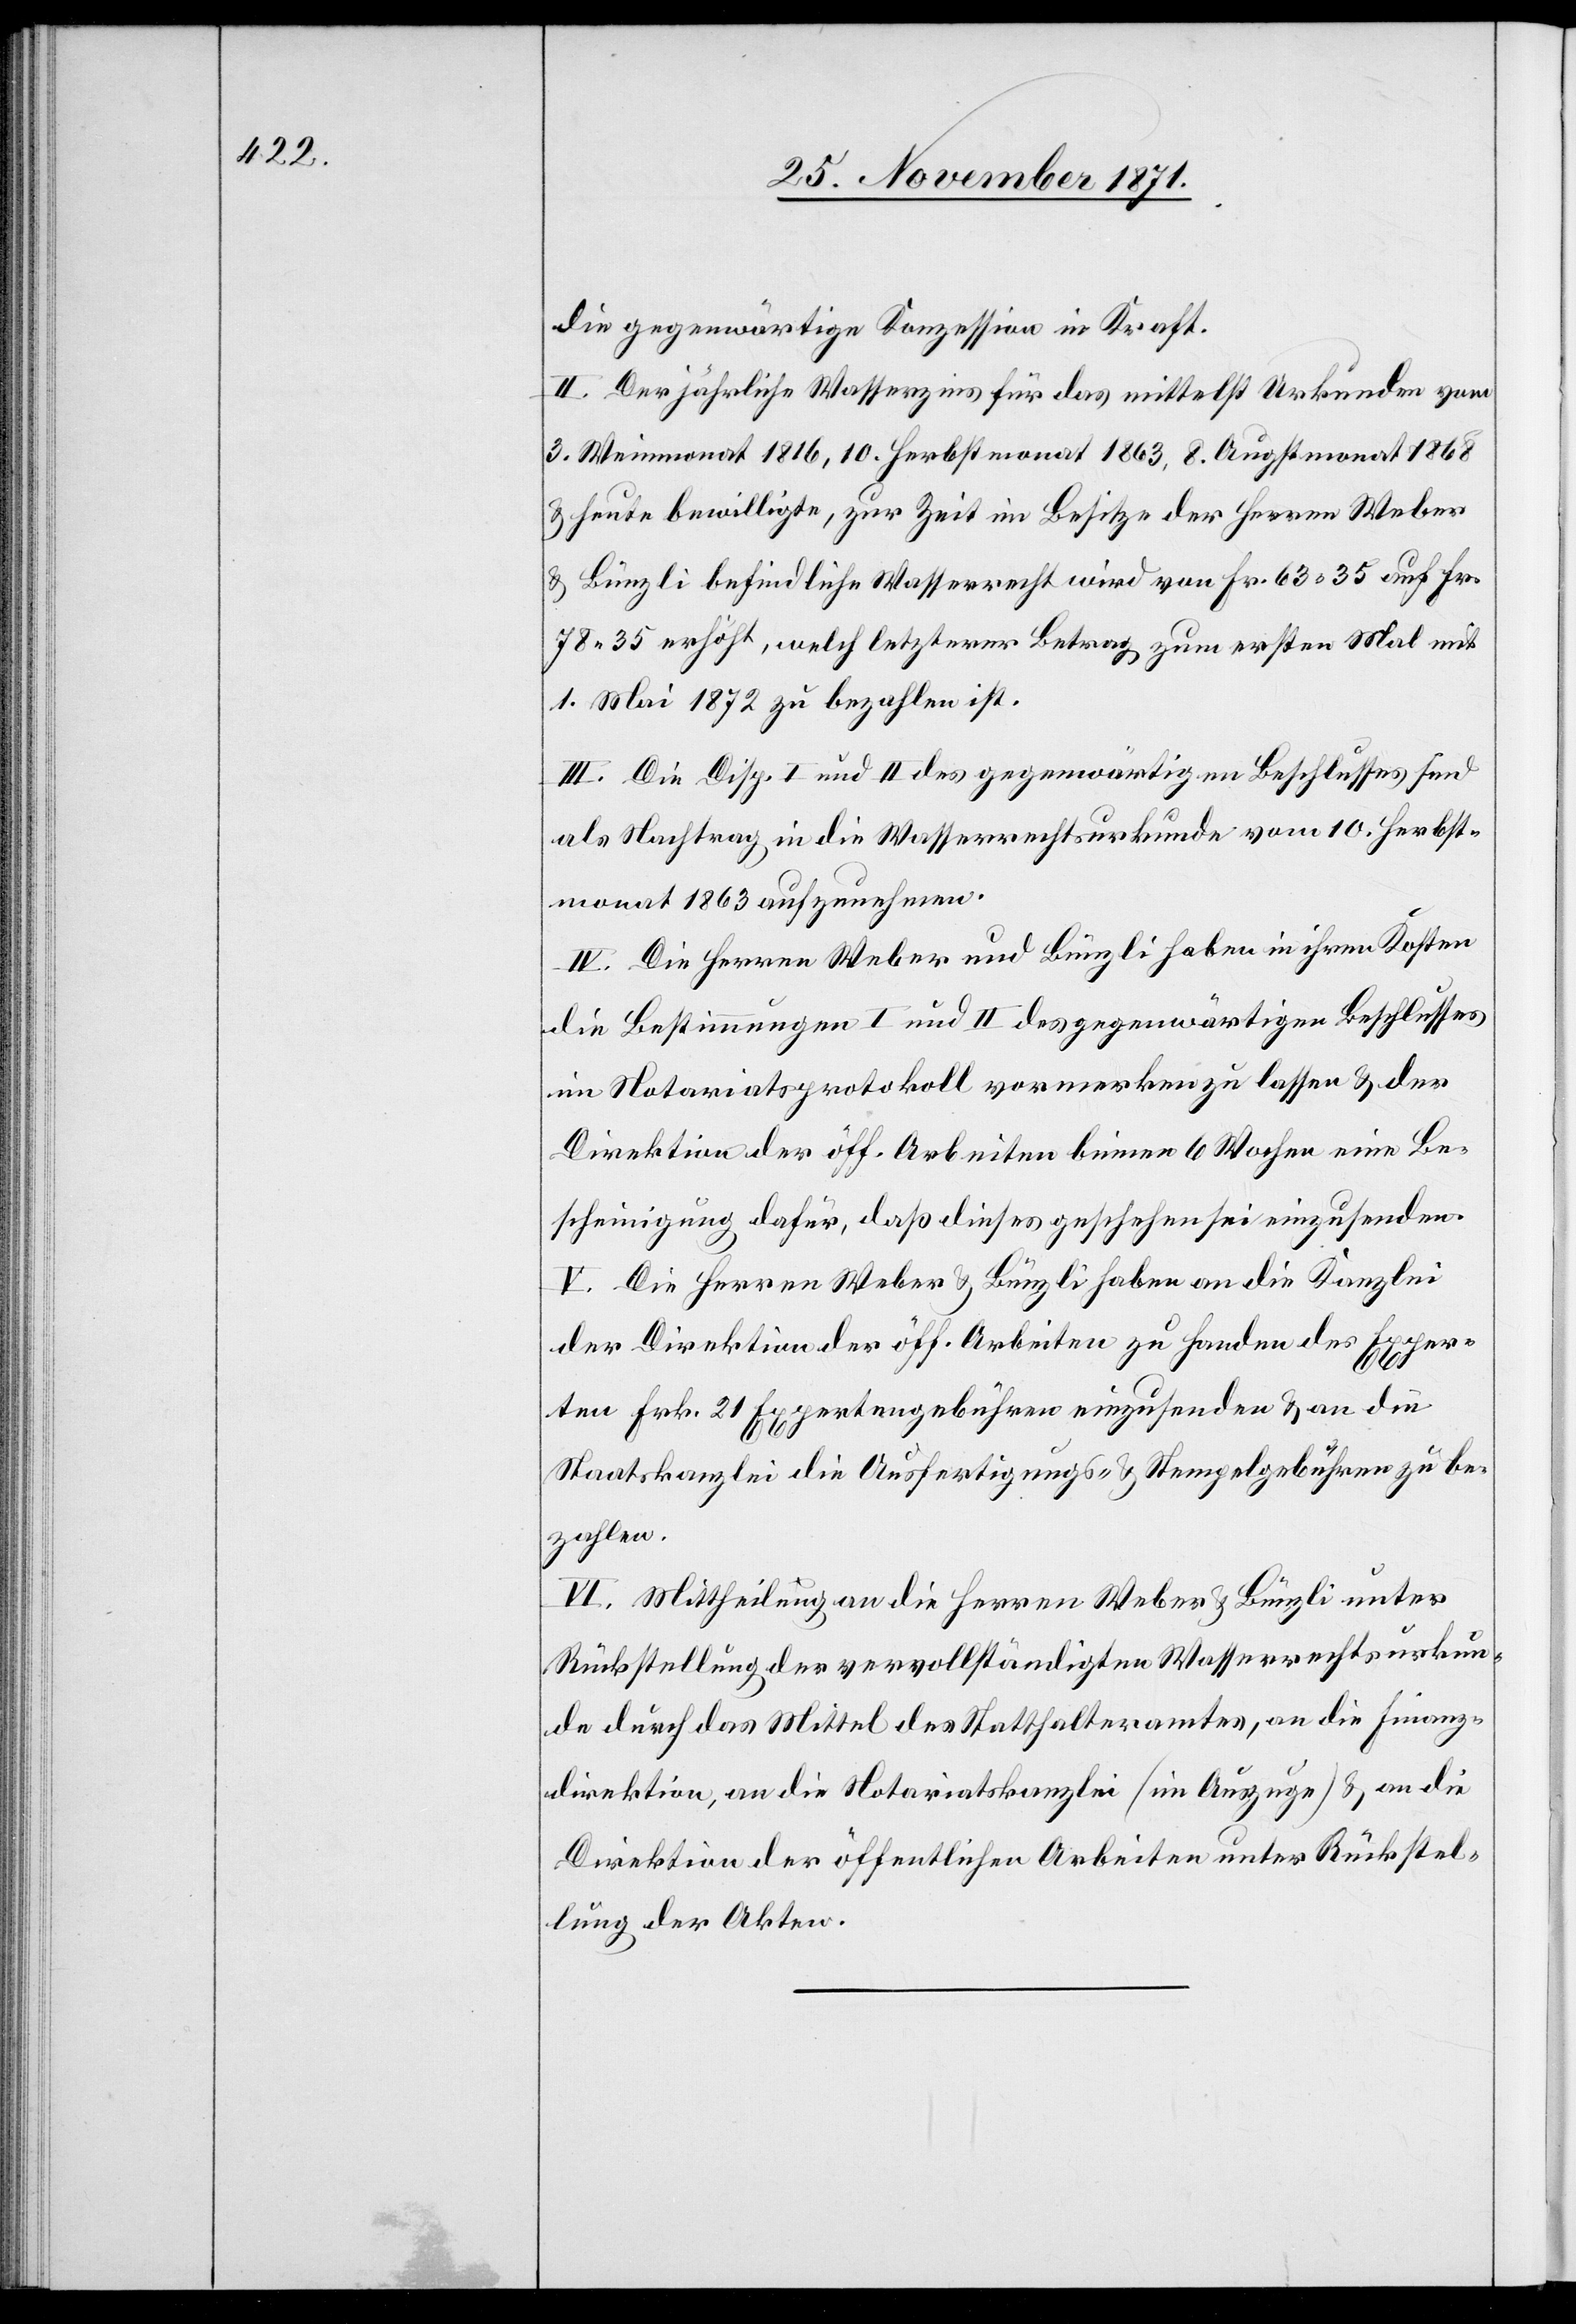
die gegenwärtige Konzession in Kraft.
II. Der jährliche Wasserzins für das mittelst Urkunde vom
3. Weinmonat 1816, 10. Herbstmonat 1863, 8. Augstmonat 1868
& heute bewilligte, zur Zeit im Besitze der Herren Weber
& Bünzli befindliche Wasserrecht wird von Fr. 63.35 auf Fr.
78.35 erhöht, welch letzterer Betrag zum ersten Mal mit
1. Mai 1872 zu bezahlen ist.
III. Die Disp. I und II des gegenwärtigen Beschlusses sind
als Nachtrag in die Wasserrechtsurkunde vom 10. Herbst¬
monat 1863 aufzunehmen.
IV. Die Herren Weber und Bünzli haben in ihren Kosten
die Bestimmungen I und II des gegenwärtigen Beschlusses
im Notariatsprotokoll vormerken zu lassen & der
Direktion der öff. Arbeiten binnen 6 Wochen eine Be¬
scheinigung dafür, daß dieses geschehen sei einzusenden.
V. Die Herren Weber & Bünzli haben an die Kanzlei
der Direktion der öff. Arbeiten zu Handen des Exper¬
ten Frk 21 Expertengebühren einzusenden & an die
Staatskanzlei die Ausfertigungs- & Stempelgebühren zu be¬
zahlen.
VI. Mittheilung an die Herren Weber & Bünzli unter
Rückstellung der vervollständigten Wasserrechtsurkun¬
de durch das Mittel des Statthalteramtes, an die Finanz¬
direktion, an die Notariatskanzlei (im Auszuge) & an die
Direktion der öffentlichen Arbeiten unter Rückstel¬
lung der Akten.